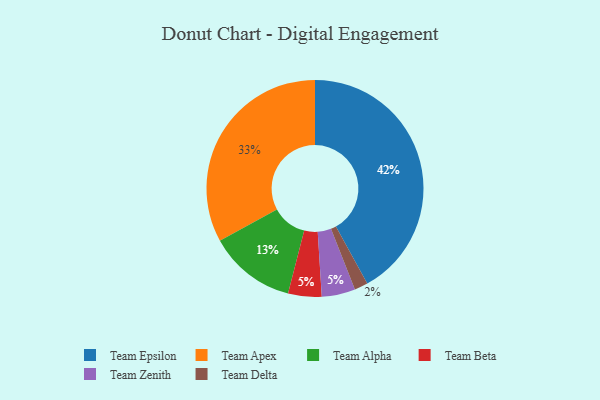
{"axis": {"x": "Category", "y": "Percentage"}, "legend": ["Team Alpha", "Team Apex", "Team Beta", "Team Delta", "Team Epsilon", "Team Zenith"], "data": [{"x": "Team Alpha", "y": 13, "type": "Team Alpha"}, {"x": "Team Beta", "y": 5, "type": "Team Beta"}, {"x": "Team Zenith", "y": 5, "type": "Team Zenith"}, {"x": "Team Epsilon", "y": 42, "type": "Team Epsilon"}, {"x": "Team Apex", "y": 33, "type": "Team Apex"}, {"x": "Team Delta", "y": 2, "type": "Team Delta"}]}